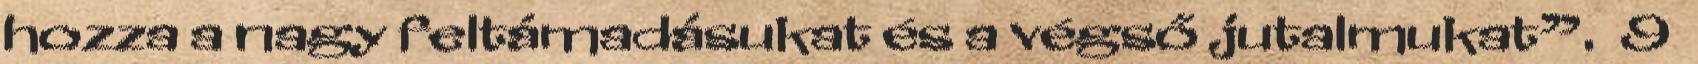
hozza a nagy feltámadásukat és a végső jutalmukat”. 9